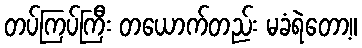
တပ်ကြပ်ကြီး တယောက်တည်း မခံရဲတော့။